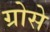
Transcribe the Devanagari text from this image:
ग्रोसे